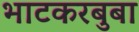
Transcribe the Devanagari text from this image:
भाटकरबुबा